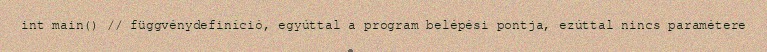
int main() // függvénydefiníció, egyúttal a program belépési pontja, ezúttal nincs paramétere